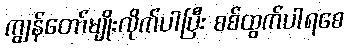
ကျွန်တော်မျိုးလိုက်ပါပြီး စစ်ထွက်ပါရစေ